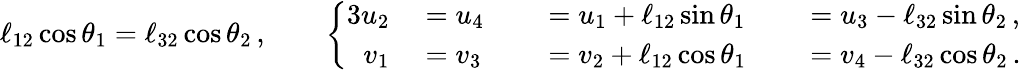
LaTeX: \ell_{12}\cos{\theta}_{1}=\ell_{32}\cos{\theta}_{2}\, ,\qquad\left\{ \begin{array}{rlrlrl}{{3}\vphantom{f^{2}}{}u_{2}}&{{}=u_{4}}&{}&{{}=u_{1}+\ell_{12}\sin{\theta}_{1}}&{}&{{}=u_{3}-\ell_{32}\sin{\theta}_{2}\, ,}\\ {v_{1}}&{{}=v_{3}}&{}&{{}=v_{2}+\ell_{12}\cos{\theta}_{1}}&{}&{{}=v_{4}-\ell_{32}\cos{\theta}_{2}\, .}\end{array}\right.